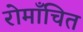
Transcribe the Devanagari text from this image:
रोमाँचित